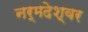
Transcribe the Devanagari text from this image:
नर्मदेश्‍वर